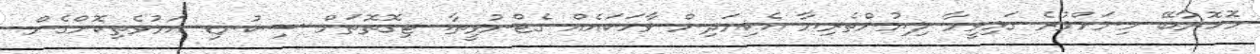
މޮހޮރާބޭ މިނަށްވުރެ ގަޅިވީމާ ލިޔުންތެރިޔާ އެކިޔަދިން ވާހަކައެއް ގެޓްނުވީތާ. ޓިގޮތޮތަށް ސިކުނޑި އަޅުވެތިކޮށްގެން